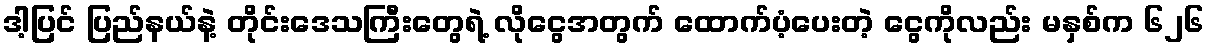
ဒါ့ပြင် ပြည်နယ်နဲ့ တိုင်းဒေသကြီးတွေရဲ့ လိုငွေအတွက် ထောက်ပံ့ပေးတဲ့ ငွေကိုလည်း မနှစ်က ၆၂၆